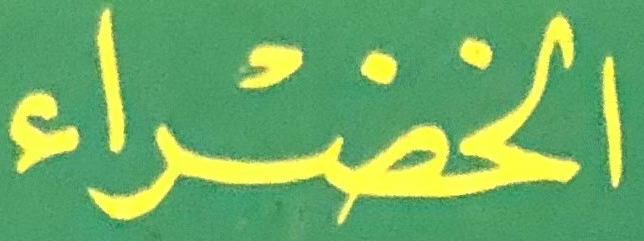
الخضراء